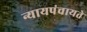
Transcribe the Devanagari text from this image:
न्यायपंचायते